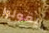
يقولوا